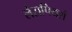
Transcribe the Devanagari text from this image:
लेसपियर्स